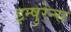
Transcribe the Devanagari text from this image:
इन्षुरेन्स